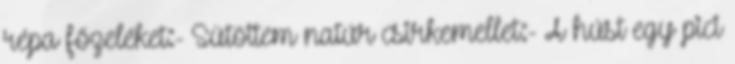
répa főzeléket:- Sütöttem natúr csirkemellet:- A húst egy pici